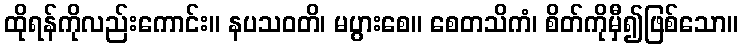
ထိုရန်ကိုလည်းကောင်း။ နပသဝတိ၊ မပွားစေ။ စေတသိကံ၊ စိတ်ကိုမှီ၍ဖြစ်သော။